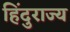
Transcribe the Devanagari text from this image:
हिंदुराज्य